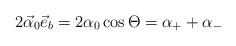
LaTeX: \begin{align*}2\vec{\alpha}_{0}\vec{e}_{b}=2\alpha_{0}\cos\Theta=\alpha_{+}+\alpha_{-}\end{align*}